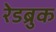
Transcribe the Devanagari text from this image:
रेडब्रुक